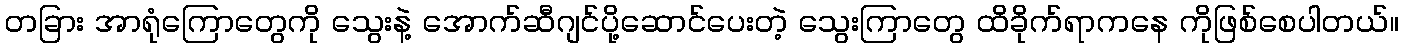
တခြား အာရုံကြောတွေကို သွေးနဲ့ အောက်ဆီဂျင်ပို့ဆောင်ပေးတဲ့ သွေးကြာတွေ ထိခိုက်ရာကနေ ကိုဖြစ်စေပါတယ်။